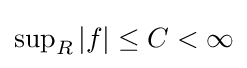
\textstyle \sup _{R}|f|\leq C<\infty